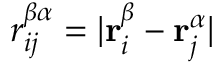
r _ { i j } ^ { \beta \alpha } = | \mathbf { r } _ { i } ^ { \beta } - \mathbf { r } _ { j } ^ { \alpha } |